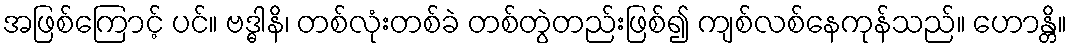
အဖြစ်ကြောင့် ပင်။ ဗဒ္ဓါနိ၊ တစ်လုံးတစ်ခဲ တစ်တွဲတည်းဖြစ်၍ ကျစ်လစ်နေကုန်သည်။ ဟောန္တိ။